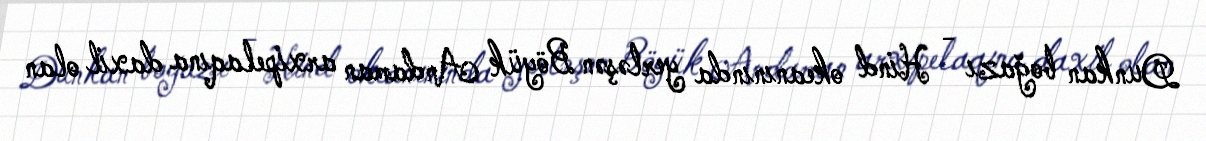
Dunkan boğazı - Hind okeanınında yerləşən Böyük Andaman arxipelaqına daxil olan